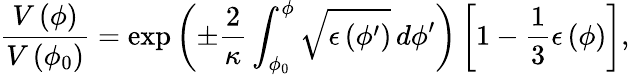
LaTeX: {\frac{V\left(\phi\right)}{V\left(\phi_{0}\right)}}=\exp\left(\pm{\frac{2}{\kappa}}\int_{\phi_{0}}^{\phi}{\sqrt{\epsilon\left(\phi^{\prime}\right)}\, d\phi^{\prime}}\right)\left[1-{\frac{1}{3}}\epsilon\left(\phi\right)\right],